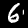
Label: 6